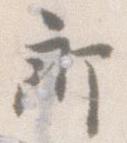
郎